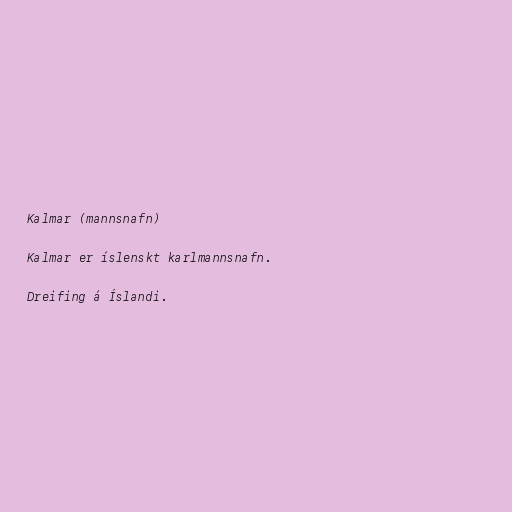
Kalmar (mannsnafn)

Kalmar er íslenskt karlmannsnafn.

Dreifing á Íslandi.